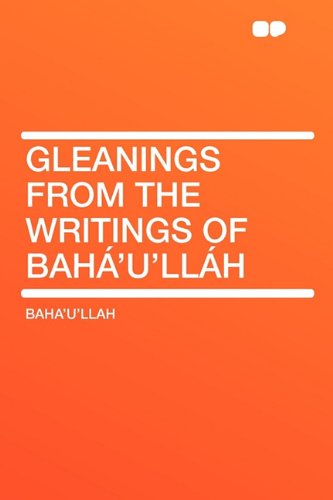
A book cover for Gleanings from the Writings of BahÃ¡'u'llÃ¡h; Baha'u'llah; Religion & Spirituality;